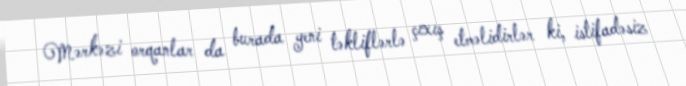
Mərkəzi orqanlar da burada yeni təkliflərlə çıxış etməlidirlər ki, istifadəsiz